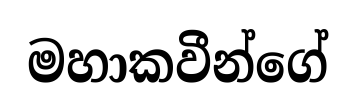
මහාකවීන්ගේ